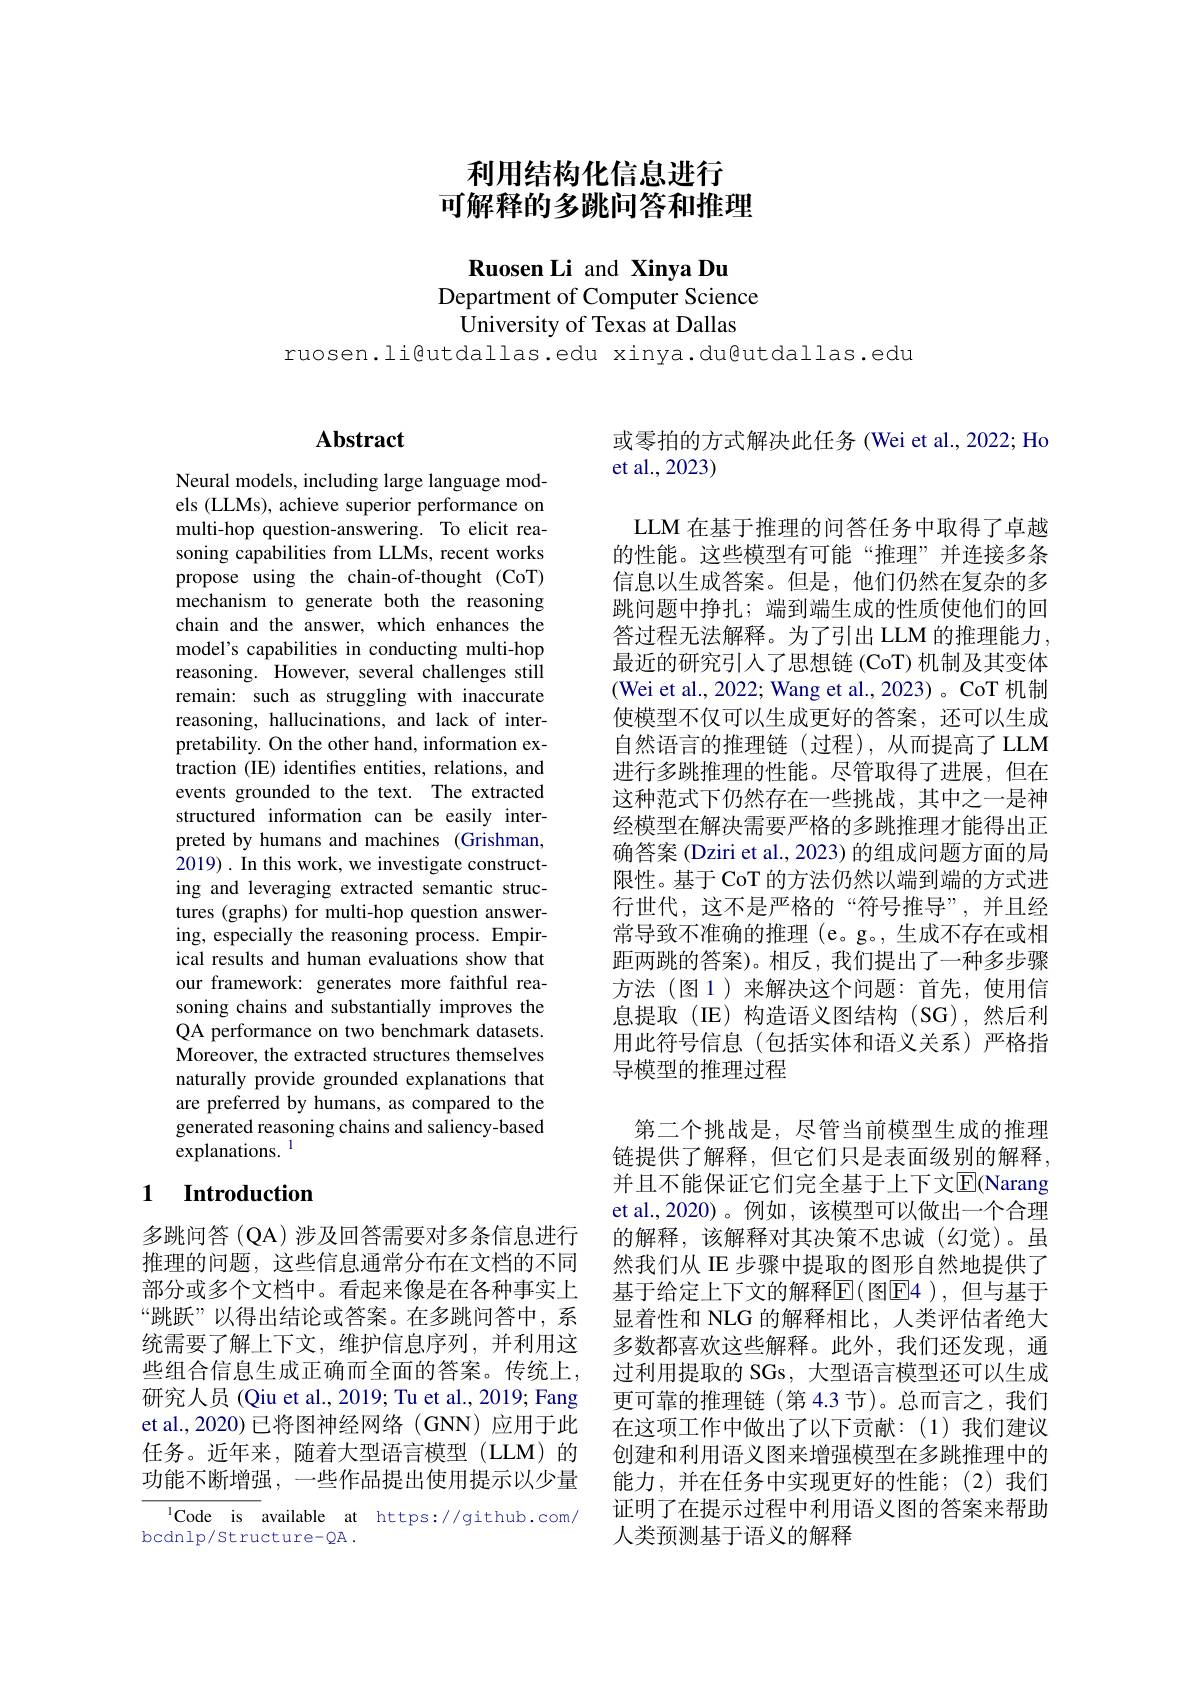
# 利用结构化信息进行可解释的多跳问答和推理

Ruosen Li and Xinya Du
Department of Computer Science
University of Texas at Dallas

ruosen.li@utdallas.edu xinya.du@utdallas.edu

### $\mathbf{Abstract}$

Neural models, including large language models (LLMs), achieve superior performance on multi-hop question-answering. To elicit reasoning capabilities from LLMs, recent works propose using the chain-of-thought (CoT) mechanism to generate both the reasoning chain and the answer, which enhances the model's capabilities in conducting multi-hop reasoning. However, several challenges still remain: such as struggling with inaccurate reasoning, hallucinations, and lack of interpretability. On the other hand, information extraction (IE) identifies entities, relations, and events grounded to the text. The extracted structured information can be easily interpreted by humans and machines (Grishman, 2019). In this work, we investigate constructing and leveraging extracted semantic structures (graphs) for multi-hop question answering, especially the reasoning process. Empirical results and human evaluations show that our framework: generates more faithful reasoning chains and substantially improves the QA performance on two benchmark datasets. Moreover, the extracted structures themselves naturally provide grounded explanations that are preferred by humans, as compared to the generated reasoning chains and saliency-based explanations. $^{\mathrm{l}}$

## 1 $\textbf{Introduction}$

多跳问答(QA)涉及回答需要对多条信息进行推理的问题，这些信息通常分布在文档的不同部分或多个文档中。看起来像是在各种事实上“跳跃”以得出结论或答案。在多跳问答中，系统需要了解上下文，维护信息序列，并利用这些组合信息生成正确而全面的答案。传统上， 研究人员 (Qiu et al., 2019; Tu et al., 2019; Fang et al., 2020) 已将图神经网络 ( GNN) 应用于此任务。近年来，随着大型语言模型(LLM)的功能不断增强，一些作品提出使用提示以少量

$^{1}$Code is available at https://github.com/
bcdnlp/Structure-QA .

或零拍的方式解决此任务 (Wei et al., 2022; Ho
et al.,2023)

LLM 在基于推理的问答任务中取得了卓越的性能。这些模型有可能“推理”并连接多条信息以生成答案。但是，他们仍然在复杂的多跳问题中挣扎；端到端生成的性质使他们的回答过程无法解释。为了引出 LLM 的推理能力， 最近的研究引入了思想链 (CoT) 机制及其变体$$($Wei et al., 2022; Wang et al., 2023)。\mathrm{CoT}$机制使模型不仅可以生成更好的答案，还可以生成自然语言的推理链(过程),从而提高了LLM 进行多跳推理的性能。尽管取得了进展，但在这种范式下仍然存在一些挑战，其中之一是神经模型在解决需要严格的多跳推理才能得出正确答案 (Dziri et al., 2023) 的组成问题方面的局限性。基于 CoT 的方法仍然以端到端的方式进行世代，这不是严格的“符号推导”,并且经常导致不准确的推理 (e。g。, 生成不存在或相距两跳的答案)。相反，我们提出了一种多步骤方法(图1)来解决这个问题：首先，使用信息提取(IE)构造语义图结构(SG),然后利用此符号信息(包括实体和语义关系)严格指导模型的推理过程

第二个挑战是，尽管当前模型生成的推理链提供了解释，但它们只是表面级别的解释， 并且不能保证它们完全基于上下文$\overline{\mathrm{E}}$(Narang et al.,2020)。例如，该模型可以做出一个合理的解释，该解释对其决策不忠诚(幻觉)。虽然我们从 IE 步骤中提取的图形自然地提供了基于给定上下文的解释$\overline{\mathrm{E}}($图$\underline{\mathrm{E}}4)$, 但与基于显着性和 NLG 的解释相比，人类评估者绝大多数都喜欢这些解释。此外，我们还发现，通过利用提取的 SGs, 大型语言模型还可以生成更可靠的推理链(第 4.3 节)。总而言之，我们在这项工作中做出了以下贡献：(1)我们建议创建和利用语义图来增强模型在多跳推理中的能力，并在任务中实现更好的性能；(2)我们证明了在提示过程中利用语义图的答案来帮助人类预测基于语义的解释